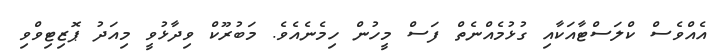
އެއްވެސް ކްލަސްޓާއަކާއި ގުޅުމެއްނެތް ފަސް މީހުން ހިމެނެއެވެ. މަބުރޫކް ވިދާޅުވީ މިއަދު ޕޮޒިޓިވްވި